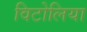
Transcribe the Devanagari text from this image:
विटोलिया